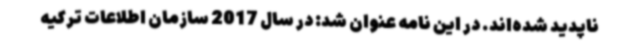
ناپدید شده‌اند. در این نامه عنوان شد: در سال 2017 سازمان اطلاعات ترکیه